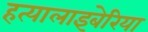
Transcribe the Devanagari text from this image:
हत्यालाइबेरिया